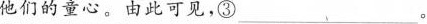
他们的童心。由此可见，③___。